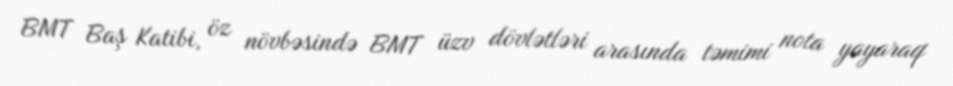
BMT Baş Katibi, öz növbəsində BMT üzv dövlətləri arasında təmimi nota yayaraq